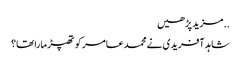
..مزید پڑھیں
شاہد آفریدی نے محمد عامر کو تھپڑ مارا تھا؟